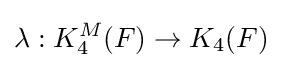
\lambda :K_{4}^{M}(F)\to K_{4}(F)